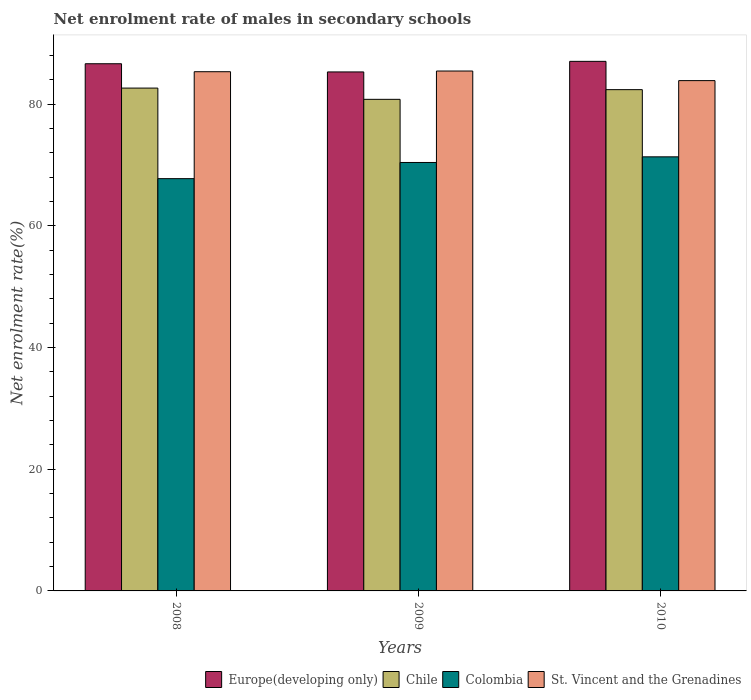
| Years | Europe(developing only) | Chile | Colombia | St. Vincent and the Grenadines |
 | --- | --- | --- | --- | --- |
 | 2008 | 86.7 | 82.7 | 67.8 | 85.4 |
 | 2009 | 85.3 | 80.8 | 70.4 | 85.5 |
 | 2010 | 87.1 | 82.4 | 71.4 | 83.9 |